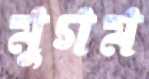
মুগম